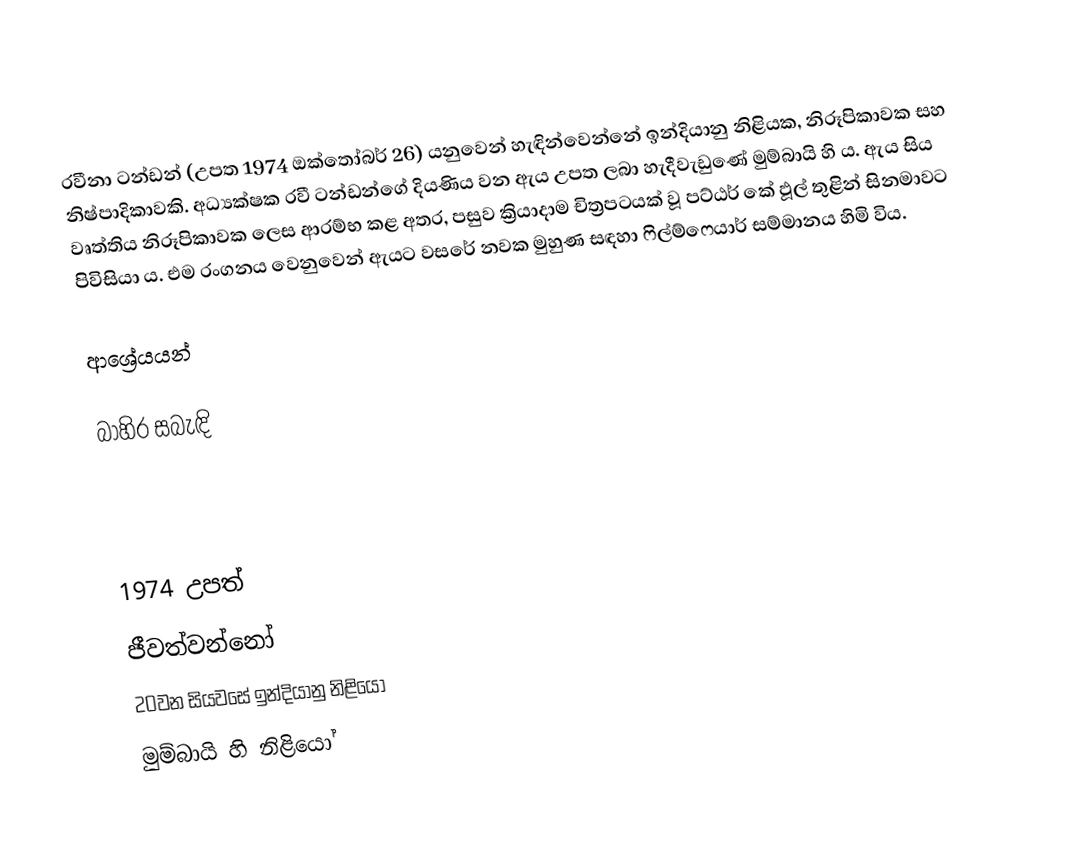
රවීනා ටන්ඩන් (උපත 1974 ඔක්තෝබර් 26) යනුවෙන් හැඳින්වෙන්නේ ඉන්දියානු නිළියක, නිරූපිකාවක සහ නිෂ්පාදිකාවකි. අධ්‍යක්ෂක රවී ටන්ඩන්ගේ දියණිය වන ඇය උපත ලබා හැදීවැඩුණේ මුම්බායි හි ය. ඇය සිය වෘත්තිය නිරූපිකාවක ලෙස ආරම්භ කළ අතර, පසුව ක්‍රියාදාම චිත්‍රපටයක් වූ පට්ඨර් කේ ඵූල් තුළින් සිනමාවට පිවිසියා ය. එම රංගනය වෙනුවෙන් ඇයට වසරේ නවක මුහුණ සඳහා ෆිල්ම්ෆෙයාර් සම්මානය හිමි විය.

ආශ්‍රේයයන්

බාහිර සබැඳි

1974 උපත්
ජීවත්වන්නෝ
20වන සියවසේ ඉන්දියානු නිළියෝ
මුම්බායි හි නිළියෝ